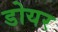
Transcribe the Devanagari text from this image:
डोयर